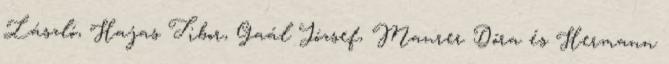
László, Hajas Tibor, Gaál József, Maurer Dóra és Hermann